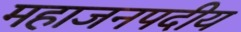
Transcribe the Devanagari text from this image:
महाजनपदीय